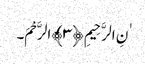
ٰنِ الرَّحِیمِ ﴿٣﴾الرَّحْمَ۔